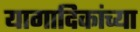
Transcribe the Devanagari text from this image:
यागादिकांच्या